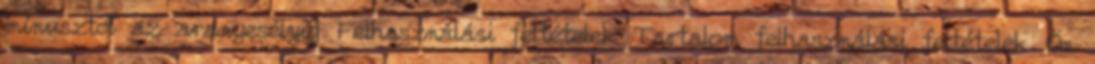
mínusztól az aranyesélyig Felhasználási feltételek Tartalom felhasználási feltételek Ön